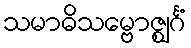
သမာဓိသမ္ဗောဇ္ဈင်္ဂံ